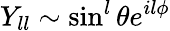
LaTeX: Y_{ll}\sim\sin^{l}\theta e^{il\phi}